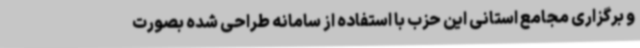
و برگزاری مجامع استانی این حزب با استفاده از سامانه طراحی شده بصورت